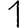
Digit: 1